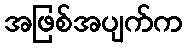
အဖြစ်အပျက်က